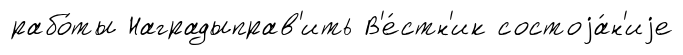
рабо́ты Наградыправ'ить В'е́стн'ик состоjа́н'иjе